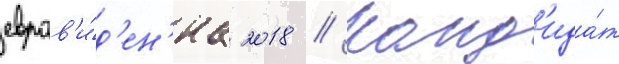
евров'и́д'ен'иа 2018 // Канд'ида́т